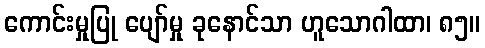
ကောင်းမှုပြု ပျော်မှု ခုနောင်သာ ဟူသောဂါထာ၊ ၈၅။